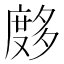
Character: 𰐂